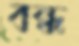
বন্ধ